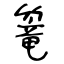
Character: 篭